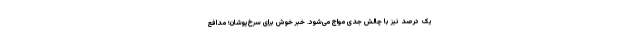
یک درصد نیز با چالش جدی مواج می‌شود. خبر خوش برای سرخ‌پوشان؛ مدافع